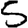
Digit: 5